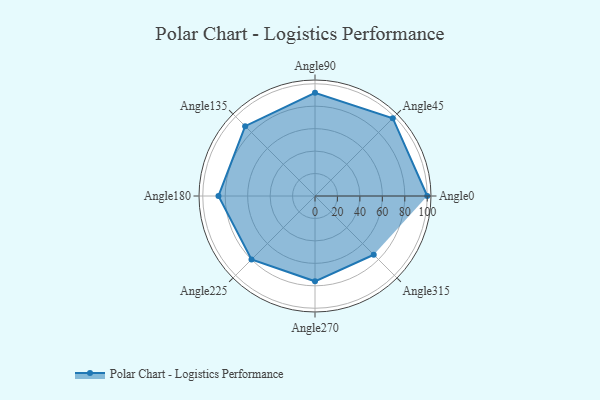
{"axis": {"x": "Angle", "y": "Radius"}, "legend": [""], "data": [{"x": "Angle0", "y": 100.0, "type": ""}, {"x": "Angle45", "y": 98.0, "type": ""}, {"x": "Angle90", "y": 92.0, "type": ""}, {"x": "Angle135", "y": 88.0, "type": ""}, {"x": "Angle180", "y": 86.0, "type": ""}, {"x": "Angle225", "y": 80.0, "type": ""}, {"x": "Angle270", "y": 76.0, "type": ""}, {"x": "Angle315", "y": 74.0, "type": ""}]}